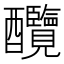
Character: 𨤋